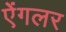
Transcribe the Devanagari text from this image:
ऐंगलर